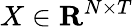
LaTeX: X\in\mathbf{R}^{N\times T}